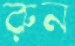
রুন